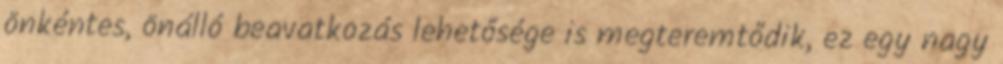
önkéntes, önálló beavatkozás lehetősége is megteremtődik, ez egy nagy